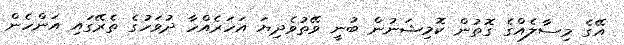
އޭގެ މިސާލެއްގެ ގޮތުން ކޮމިޝަނުން ބުނީ ވޭތުވެދިޔަ އަހަރެއްހާ ދުވަހުގެ ތެރޭގައި އަންހެން